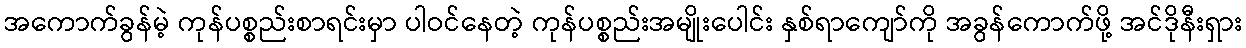
အကောက်ခွန်မဲ့ ကုန်ပစ္စည်းစာရင်းမှာ ပါဝင်နေတဲ့ ကုန်ပစ္စည်းအမျိုးပေါင်း နှစ်ရာကျော်ကို အခွန်ကောက်ဖို့ အင်ဒိုနီးရှား